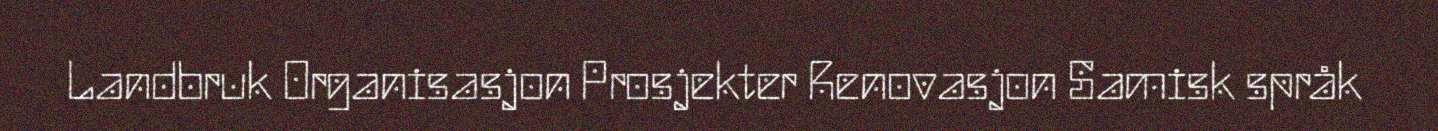
Landbruk Organisasjon Prosjekter Renovasjon Samisk språk